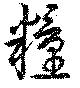
糧